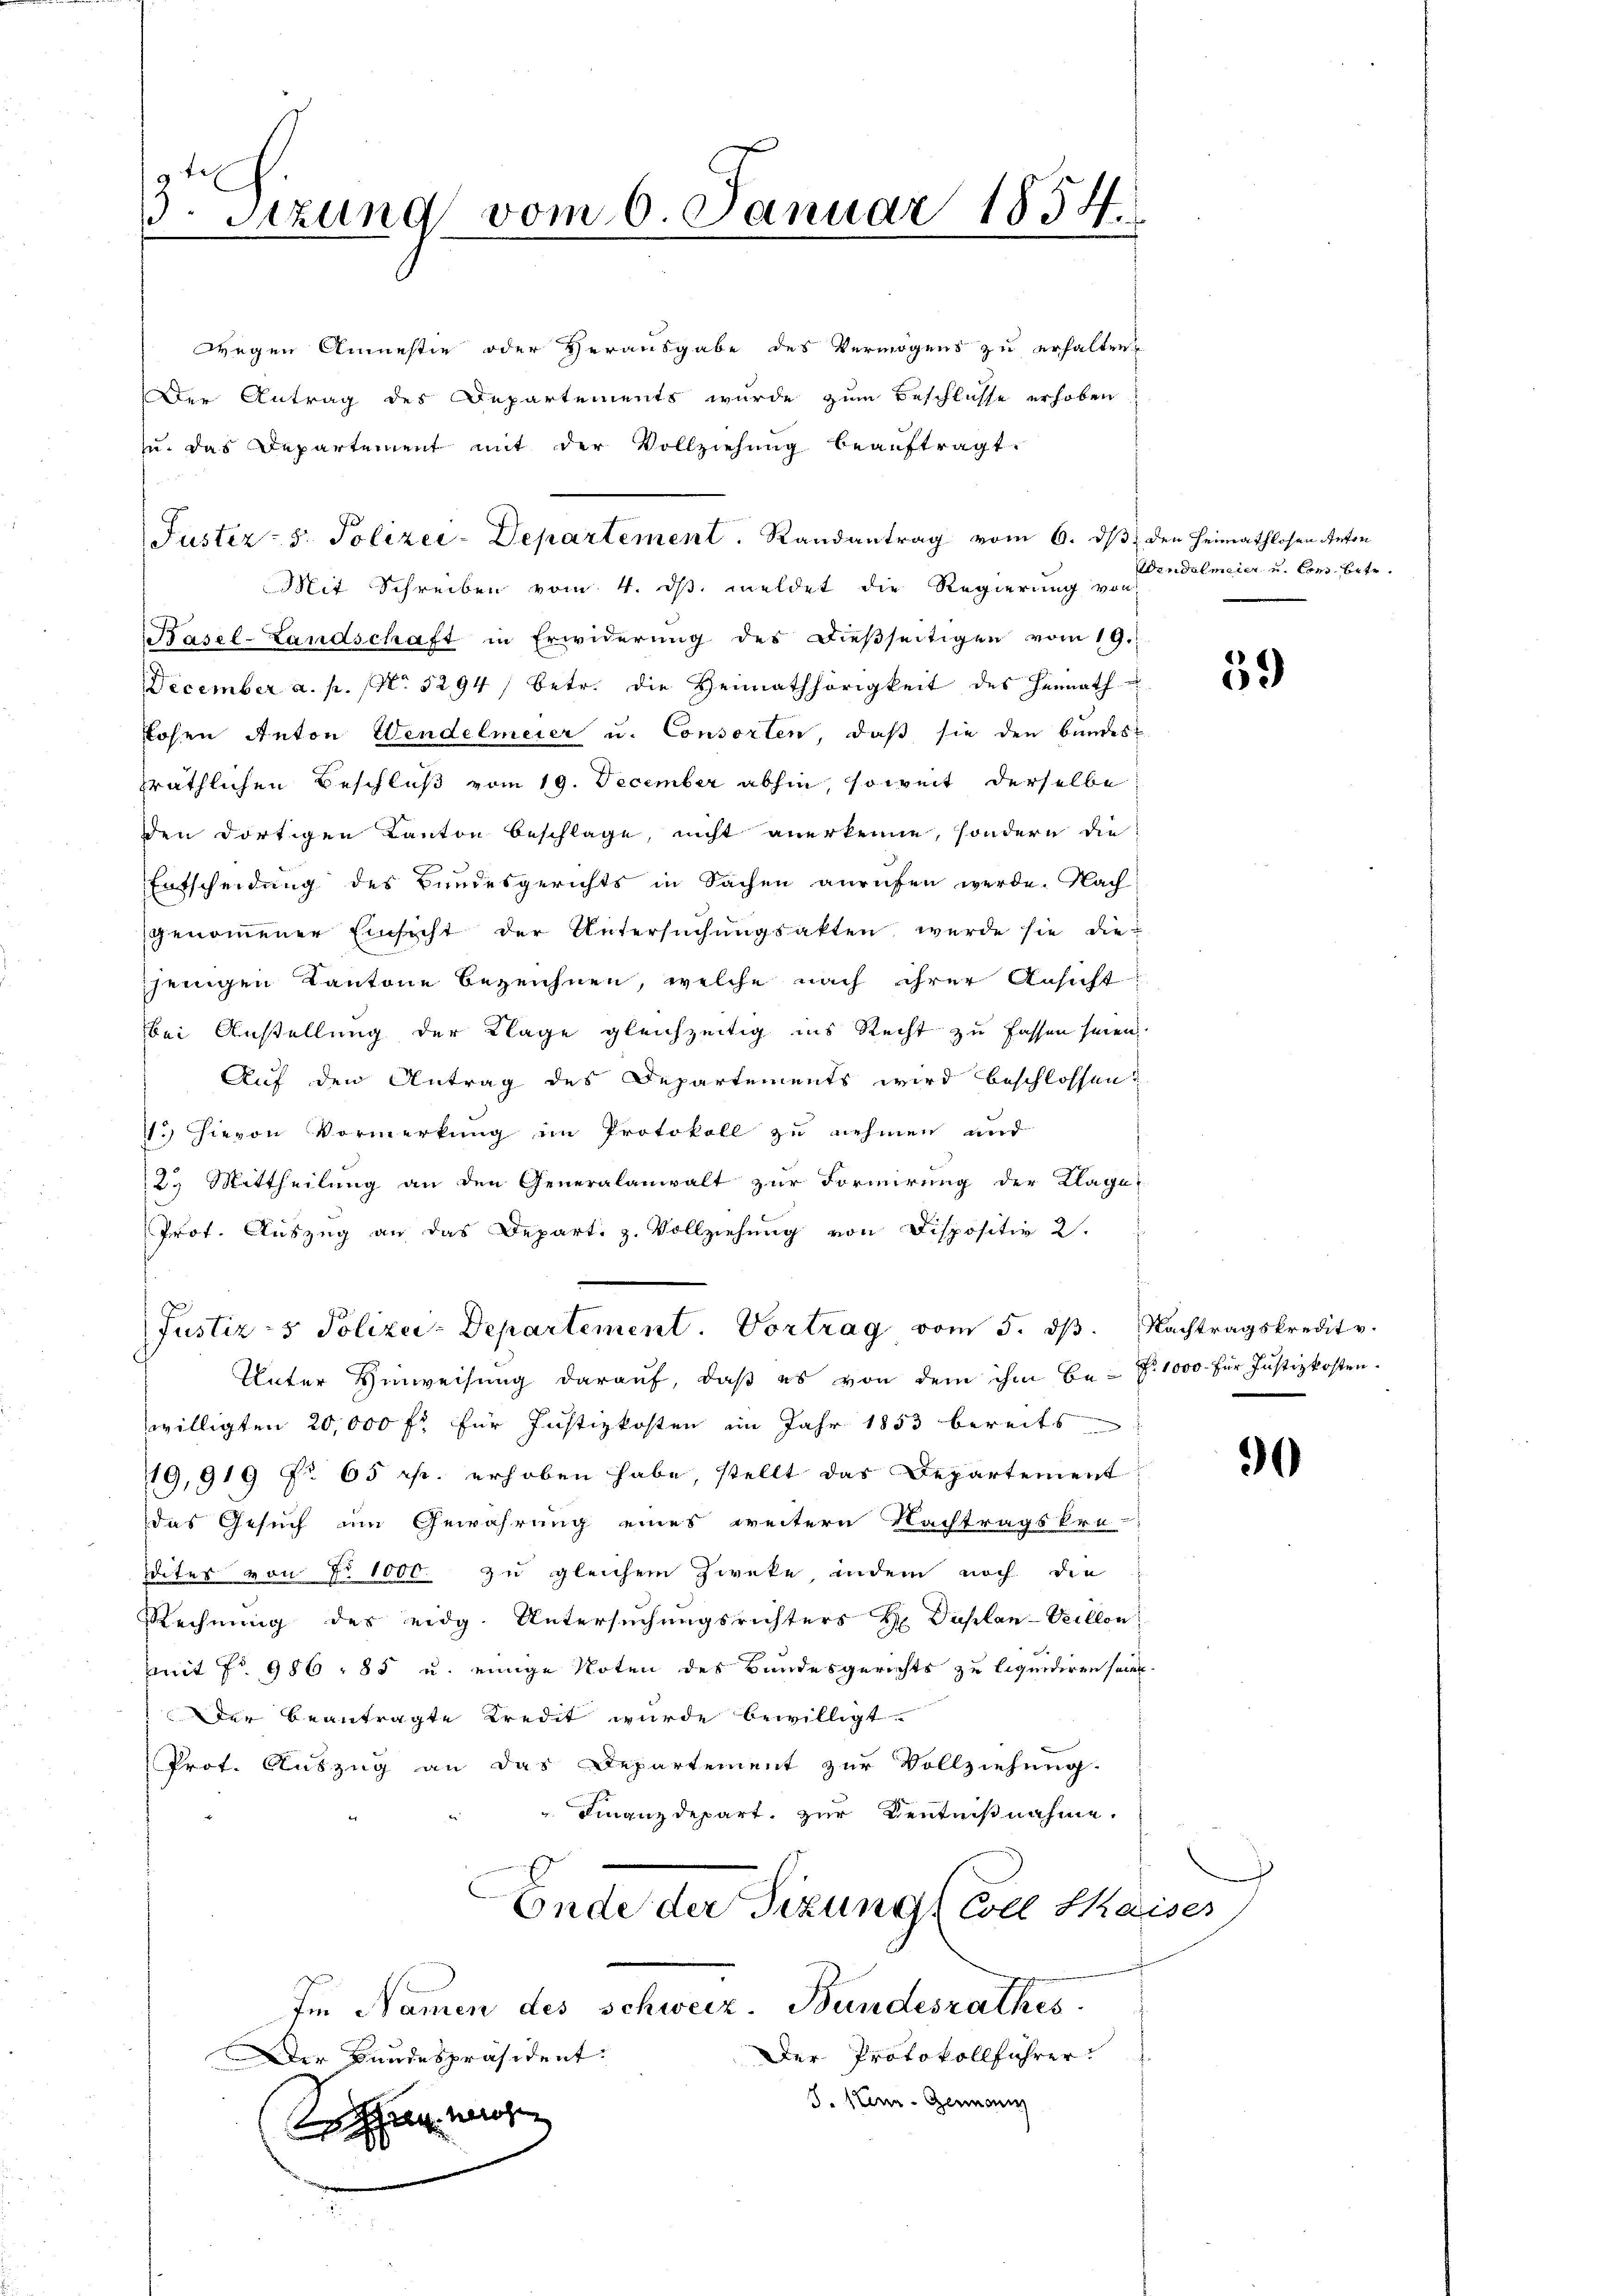
3. Sitzung vom 6. Januar 1854.

wegen Anmestie oder Herausgabe des Vermögens zu erhalten
Der Antrag des Departements wurde zum Beschlusse erhoben
zu. das Departement mit der Vollziehung beauftragt.
Juster - 5. Polizei-Departement. Randantrag vom 6. dβ, den Heimathlosen Anton
Mit Schreiben vom 4. ds. meldet die Regierung von
Basel-Landschaft in Erwiderung des dießseitigen vom 19.
December a. p. No. 52941 betr. die Heimathörigkeit des Heimath
Lohen Anton Wendelmeier u. Consorten, daß sie den bundes
präthlichen Beschluß vom 19. December abhin, soweit derselbe
den dortigen Kanton beschlage, nicht anerkenne, sondern die
)
Entscheidung des Bundesgerichts in Sachen anrufen werde. Nach
genoṁener Einsicht der Untersŭchŭngsakten werde sie die-
jenigen Kantone bezeichnen, welche nach ihrer Ansicht
bei Anstellung der Klage gleichzeitig ins Recht zu fassen seien.
Auf den Antrag des Departements wird beschlossen?
11.) Hievon Vormerkung im Protokoll zu nehmen und
2. Mittheilung an den Generalanwalt zur Formirung der Klage
Prof. Auszug an das Depart. z. Vollziehung von Dispositiv 2.
Justiz & Polizei-Departement. Vortrag vom 5. dβ. Nachtragskredit v.
Unter Hinweisung darauf, daß es von dem ihm be- Z. 1000. für Justizkosten.
willigten 20,000 fl für Justizkosten im Jahr 1853 bereits
19,919 No 65 r. erhoben habe, stellt das Departement
das Gesuch im Gewährung eines weitern Nachtragskre
dites von No 1000 zu gleichem Zweke, indem noch die
Rechnung des eidg. Untersuchungsrichters H. Daplan-Veillen
mit No 986 - 85 u. einige Noten des Bundesgerichts zu liquidiren sein
Der Beantragte Kredit wurde bewilligt.
Prof. Auszug an das Departement zur Vollziehung.
 Finanzdepart, zur Kenntnißnahme.
E
Ende der Sizung (Coel Kaiser
Im Namen des schweiz. Bundesrathes
Der Protokollführer
Der Bundespräsident.
J. Stern Germann
hag machen

Wendelmeier und von betr.

59

90